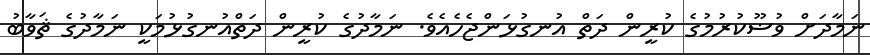
ނަމާދަށް ވުޟޫކުރުމުގެ ކުރީން ދަތް އުނގުޅަންޖެހެއެވެ. ނަމާދުގެ ކުރީން ދަތްއުނގުޅުމަކީ ނަމާދުގެ ޘަވާބު